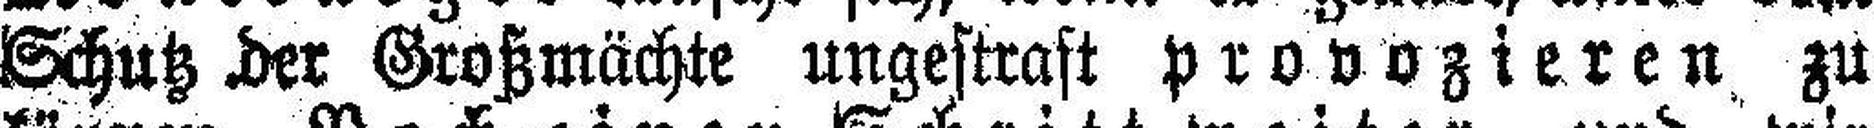
Schutz der Großmächte ungestraft provozieren zu